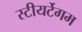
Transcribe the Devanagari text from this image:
स्टीयर्टेगम